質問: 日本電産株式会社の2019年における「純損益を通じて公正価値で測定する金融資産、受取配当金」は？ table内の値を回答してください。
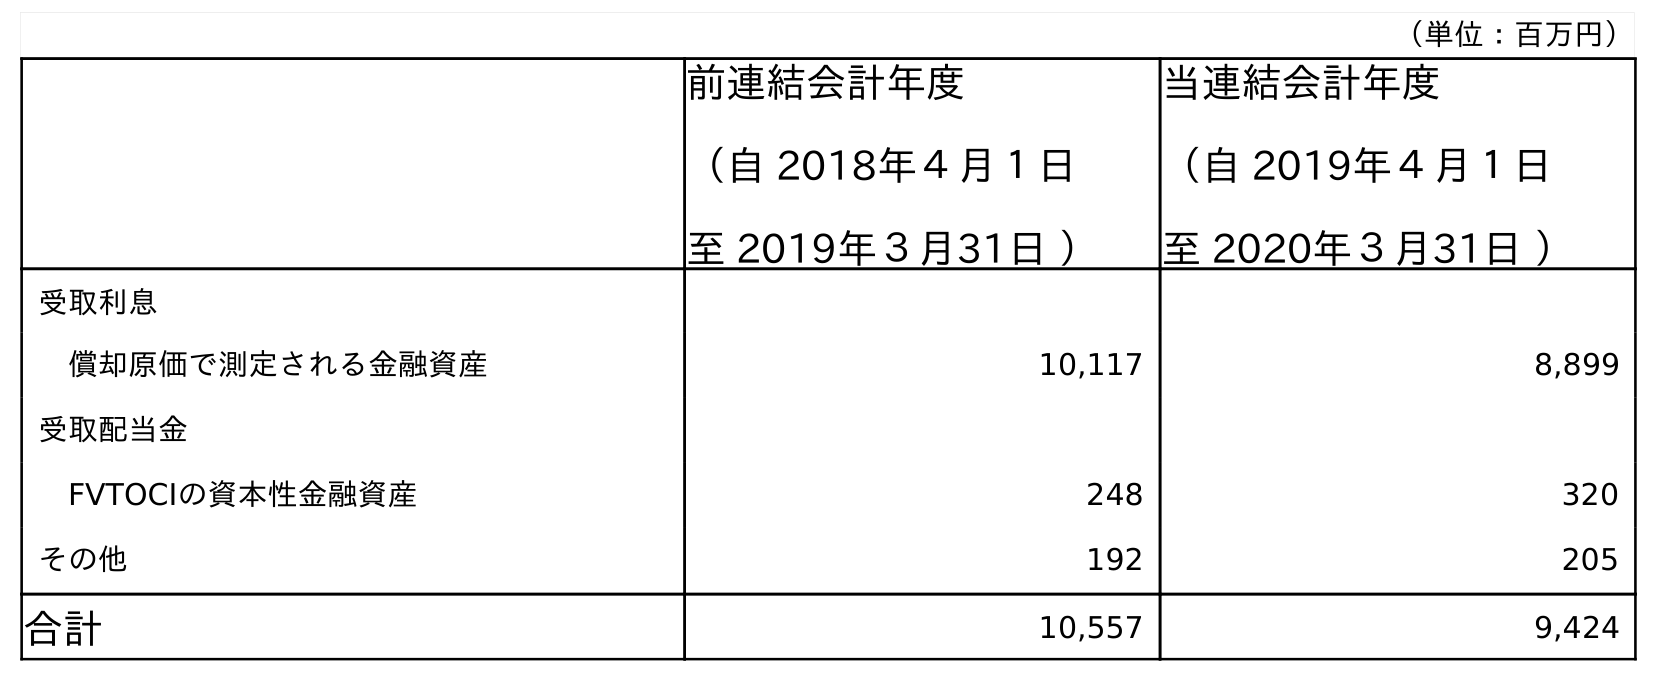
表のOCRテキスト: （単位：百万円） 前連結会計年度 （自 2018年４月１日 至 2019年３月31日 ） 当連結会計年度 （自 2019年４月１日 至 2020年３月31日 ） 受取利息 償却原価で測定される金融資産 10,117 8,899 受取配当金 FVTOCIの資本性金融資産 248 320 その他 192 205 合計 10,557 9,424
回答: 248